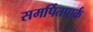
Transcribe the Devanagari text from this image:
समर्पितपार्क